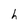
Character: h